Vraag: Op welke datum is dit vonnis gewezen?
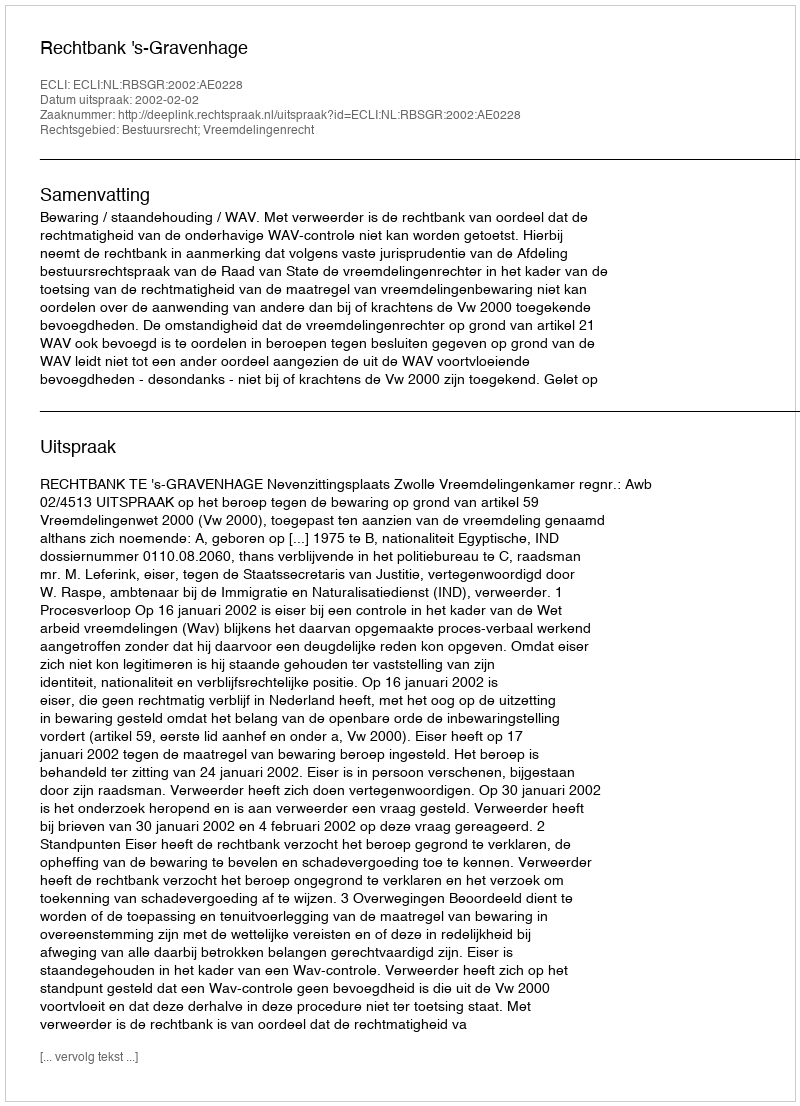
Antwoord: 2002-02-02